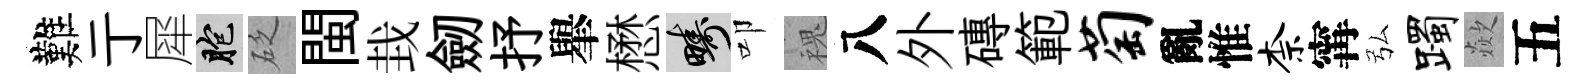
難亍犀胞砭閩㘽劒抒𦦙懋疇叩槐八外磚範萄亂惟柰𡩋弘躅歘五